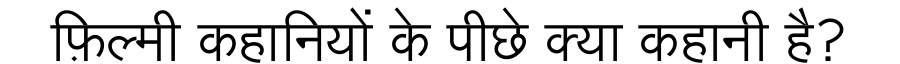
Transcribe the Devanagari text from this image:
फ़िल्मी कहानियों के पीछे क्या कहानी है?